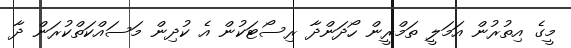
މީގެ އިތުރުން އަމަލީ ތަމްރީން ހޯދަންދާ ރިސޯޓަކުން އެ ކުދިން މަސައްކަތްކުރަން ދާ